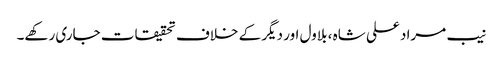
نیب مراد علی شاہ ، بلاول اور دیگر کے خلاف تحقیقات جاری رکھے۔